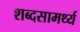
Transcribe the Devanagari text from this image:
शब्दसामर्थ्य